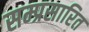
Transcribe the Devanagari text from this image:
सम्प्रसारित